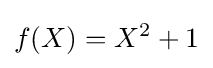
f(X)=X^{2}+1